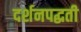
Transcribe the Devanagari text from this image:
दर्शनपद्धती